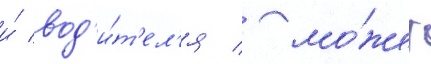
и́ вод'и́т'ел'я / мо́жет